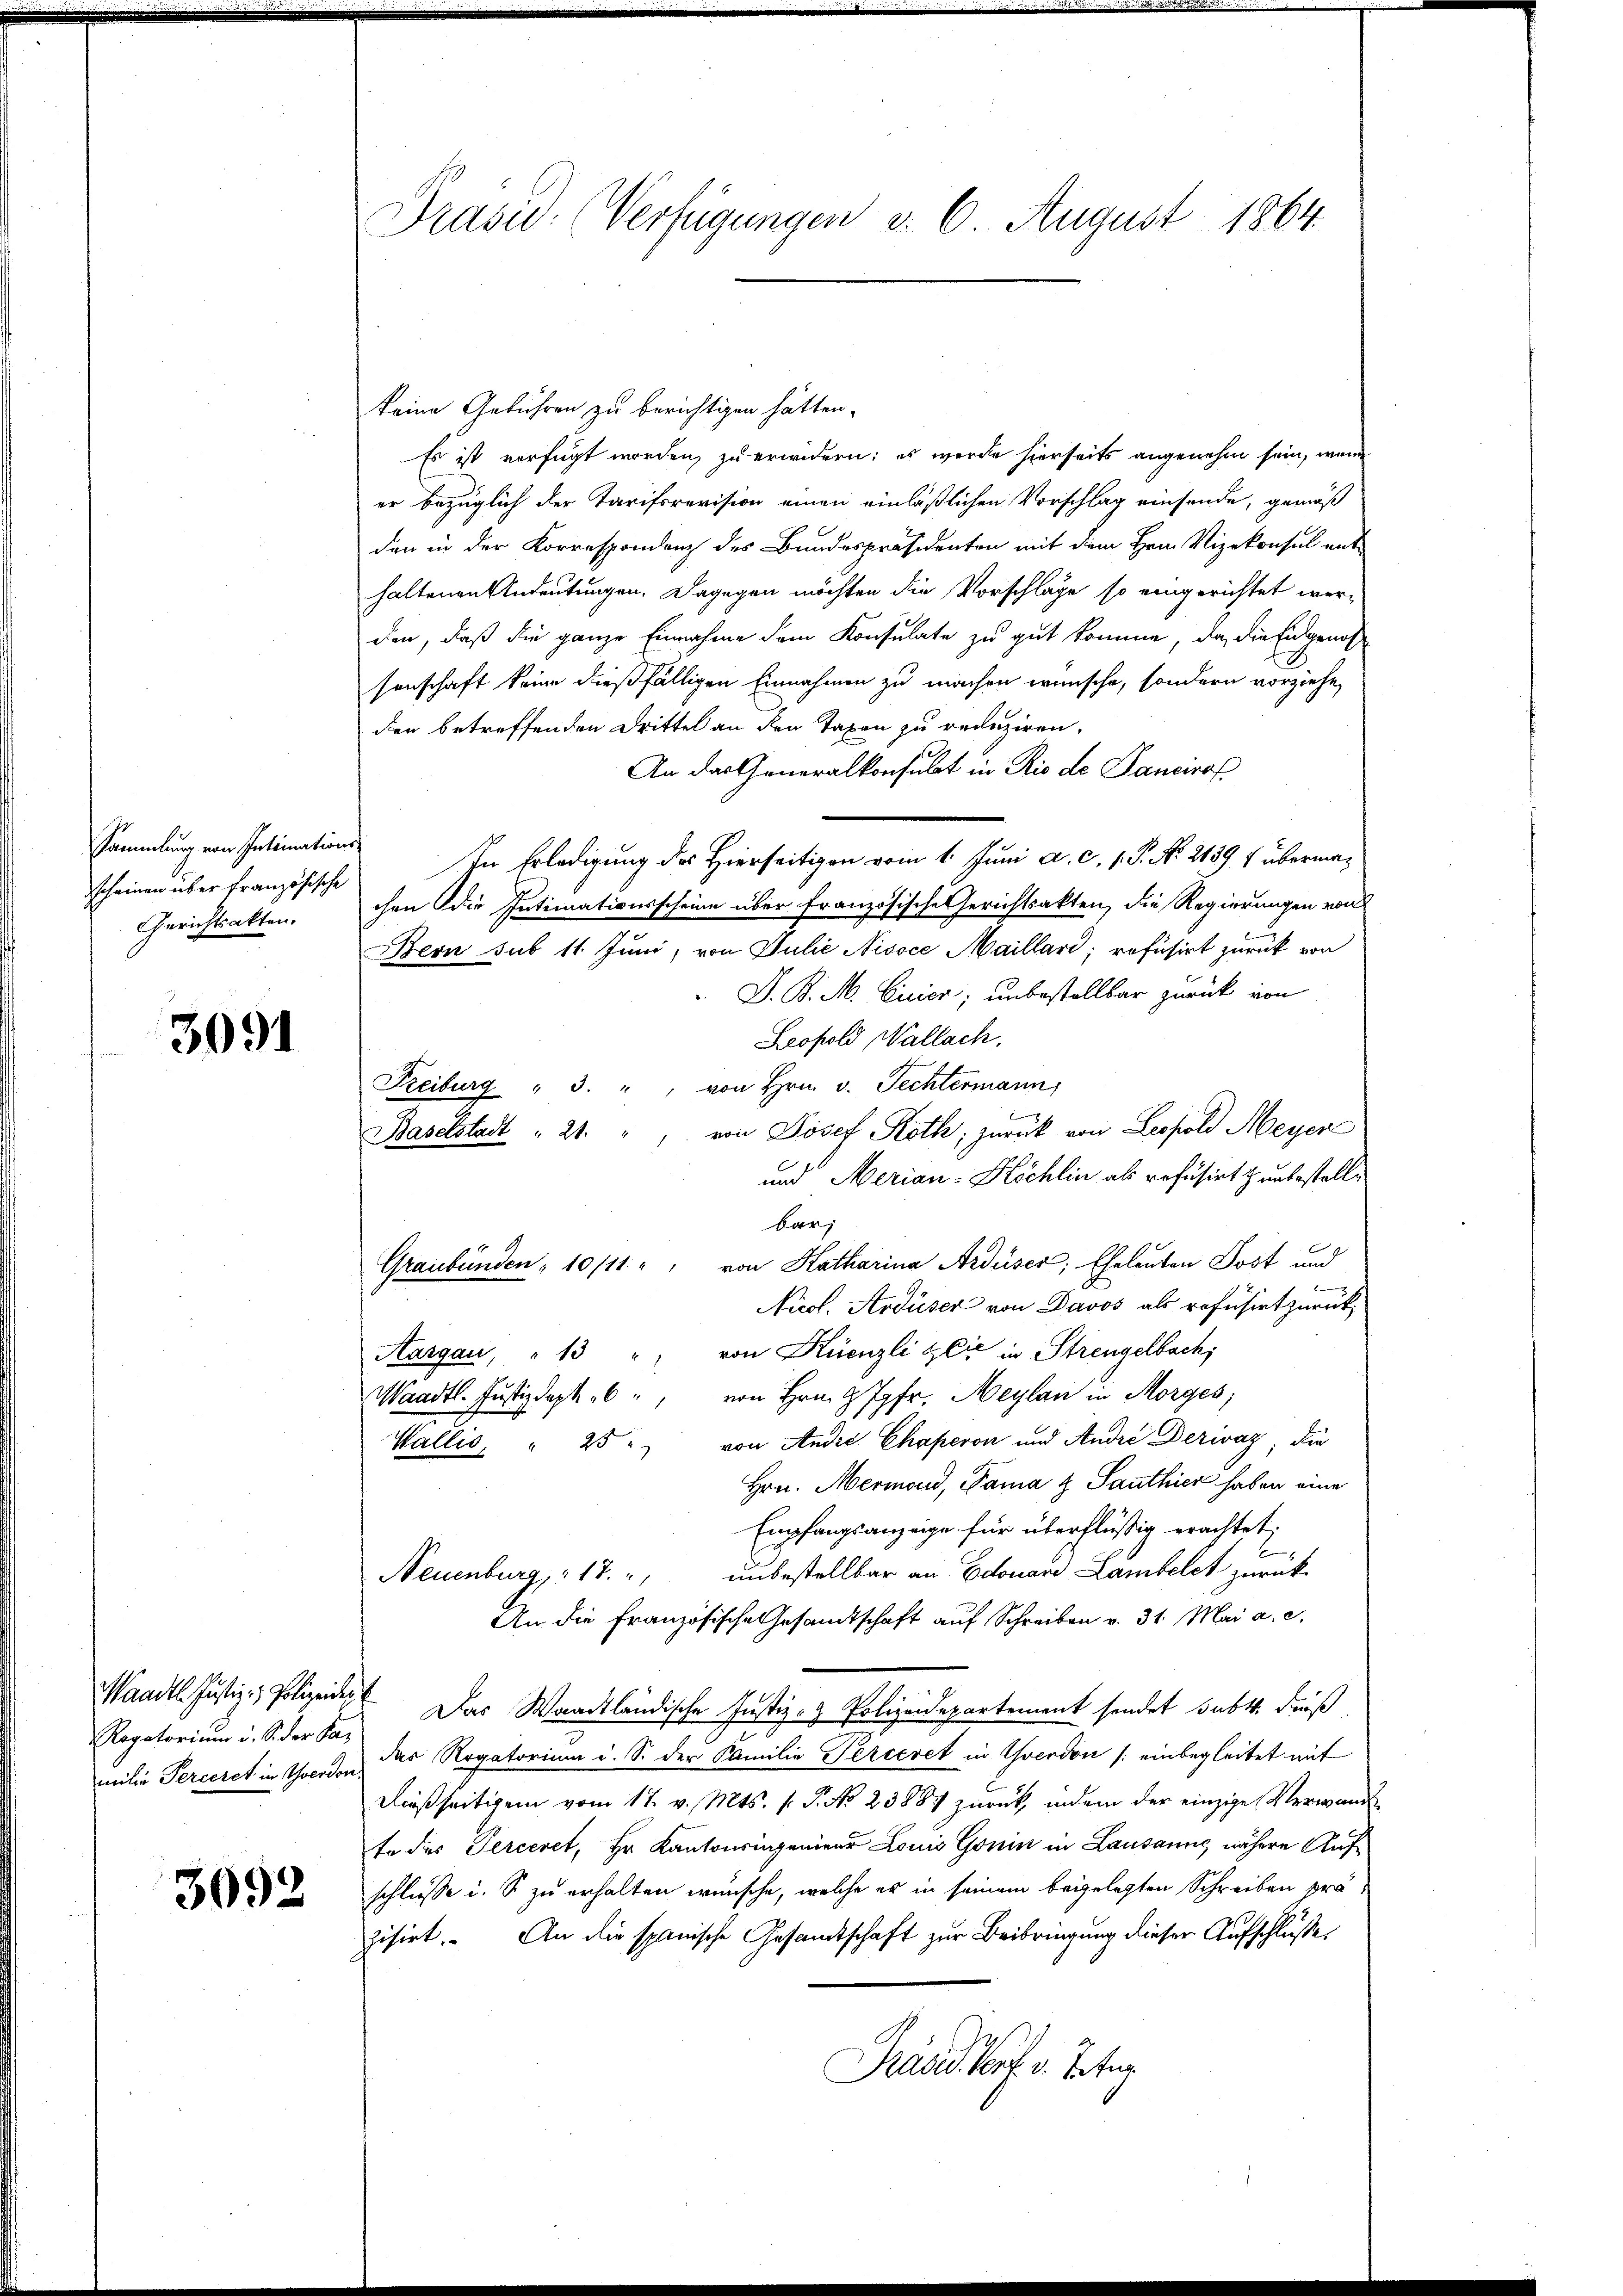
Sammlung von Intimations-
scheinen über französische
Gerichtsakten.

3091

Waadt. Justiz- & Polizeiden
Regatorium i. S. der Samilie Perceret in Werden

3092

Präsid. (Verfügungen v. 6. August 1864.

keine Gebühren zu berichtigen hätten.
Es ist verfügt worden, zu erwidern; es werde hierseits angenehm sein, wenn
er bezüglich der Tarifsrevision einen einläßlichen Vorschlag einsende, gemäß
den in der Korrespondenz des Bundespräsidenten mit dem Hrn. Vizekonsul ent
haltenen Andeutungen. Dagegen möchten die Vorschläge so eingerichtet werden, daß die ganze Einnahme dem Konsulate zu gut komme, da die Eidgenoß
senschaft keine dießfälligen Einnahmen zu machen wünsche, sondern vorziehe,
den betreffenden Drittel an den Taxen zu reduziren.
An das Generalkonsulat in Rio de Pancirof
In Erledigung des Hierseitigen vom 1. Juni a. c. 1. P. No. 2139 f übermachen die Intimationsscheine über französische Gerichtsakten, die Regierungen von
Bern sub 11 Juni, von Julić Nisoce Maillari; refusirt zurück von
D. P. M. Curier; unbestellbar zurück von
Leopold Wallach.
Freiburg " 3. " von Hrn. v. Fechtermann,
.
Baselstadt " 21. " " von Josef Roth, zurück von Leopold Meyer
und Merian-Köchlin als refüsirt unbestelle
bar
Graubünden " 10/11. " " von Katharina Arduser, Eheleuten Post und
Nicol. Ardüser von Davos als refüsirt zurück,
Aargau, " 13 " " von Krenzli Zlie in Strengelbach,
Waadt. Justizdept " " von Hrn. G Jgfr. Maylan in Morges;
Wallis, u. 25. von Andre Chaperon und André Derwaz, die
Hrn. Mermond, Fama u Sauthier haben eine
Empfangsanzeige für überflüßig erachtet,
Neuenburg, 17. unbestellbar an Edouare Lambelet zurück
An die Französische Gesamtschaft auf Schreiben v. 31. Mai a. c.
Das Waadtländische Justiz- & Polizeidepartement sendet subt. dieß
das Rogatorium u. S. der Familie Perceret in Yverdon /: einbegleitet mit
dießseitigem vom 17. v. Mts. (T. No. 2388. zurück, indem der einzige Verwandt
te des Perceret, Hr. Kantonsingenieur Louis Gonin in Lausanne nähere Aufschlüsse i. S. zu erhalten wünsche, welche er in seinem beigelegten Schreiben präzisirt. An die spanische Gesamtschaft zur Beibringung dieser Aufschlusses
Präses dort v. Tite